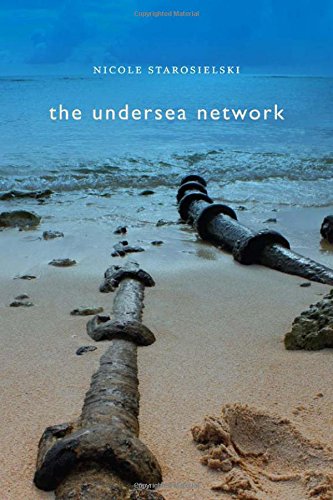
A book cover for The Undersea Network (Sign, Storage, Transmission); Nicole Starosielski; Computers & Technology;